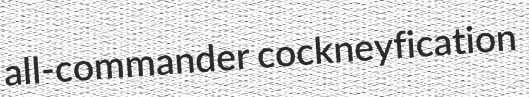
all-commander cockneyfication